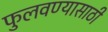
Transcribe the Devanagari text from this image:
फुलवण्यासाठी